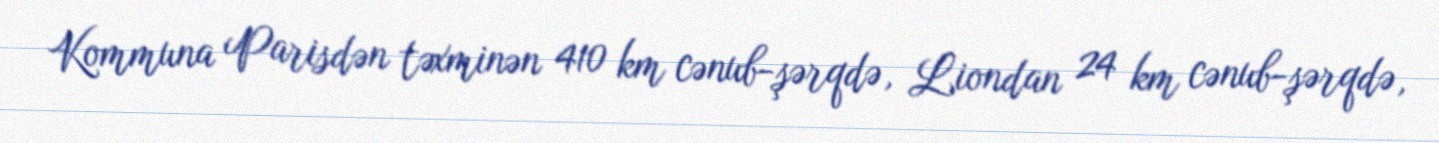
Kommuna Parisdən təxminən 410 km cənub-şərqdə, Liondan 24 km cənub-şərqdə,